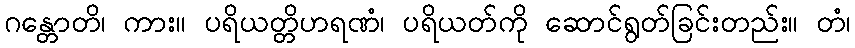
ဂန္တောတိ၊ ကား။ ပရိယတ္တိဟရဏံ၊ ပရိယတ်ကို ဆောင်ရွတ်ခြင်းတည်း။ တံ၊